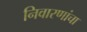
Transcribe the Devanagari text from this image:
निवारणांचा